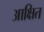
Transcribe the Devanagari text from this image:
आक्षित